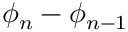
\phi _ { n } - \phi _ { n - 1 }